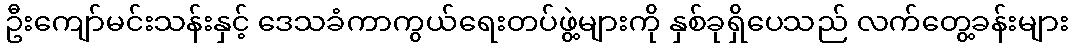
ဦးကျော်မင်းသန်းနှင့် ဒေသခံကာကွယ်ရေးတပ်ဖွဲ့များကို နှစ်ခုရှိပေသည် လက်တွေ့ခန်းများ